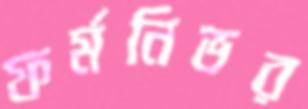
ফর্মনিভর